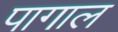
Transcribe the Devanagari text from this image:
पागाल